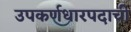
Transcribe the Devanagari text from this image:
उपकर्णधारपदाची